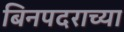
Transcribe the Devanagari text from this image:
बिनपदराच्या